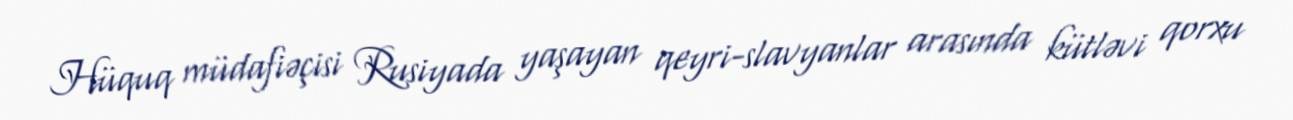
Hüquq müdafiəçisi Rusiyada yaşayan qeyri-slavyanlar arasında kütləvi qorxu